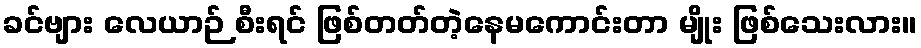
ခင်ဗျား လေယာဉ် စီးရင် ဖြစ်တတ်တဲ့နေမကောင်းတာ မျိုး ဖြစ်သေးလား။